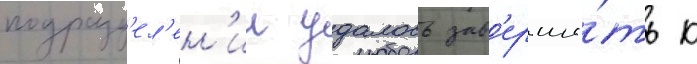
подразд'ел'ен'ии удалось зав'ерши́ть к